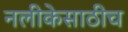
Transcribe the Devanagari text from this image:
नलीकेसाठीच